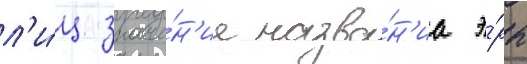
л'и́ц значе́н'ие назва́н'иа э́ры